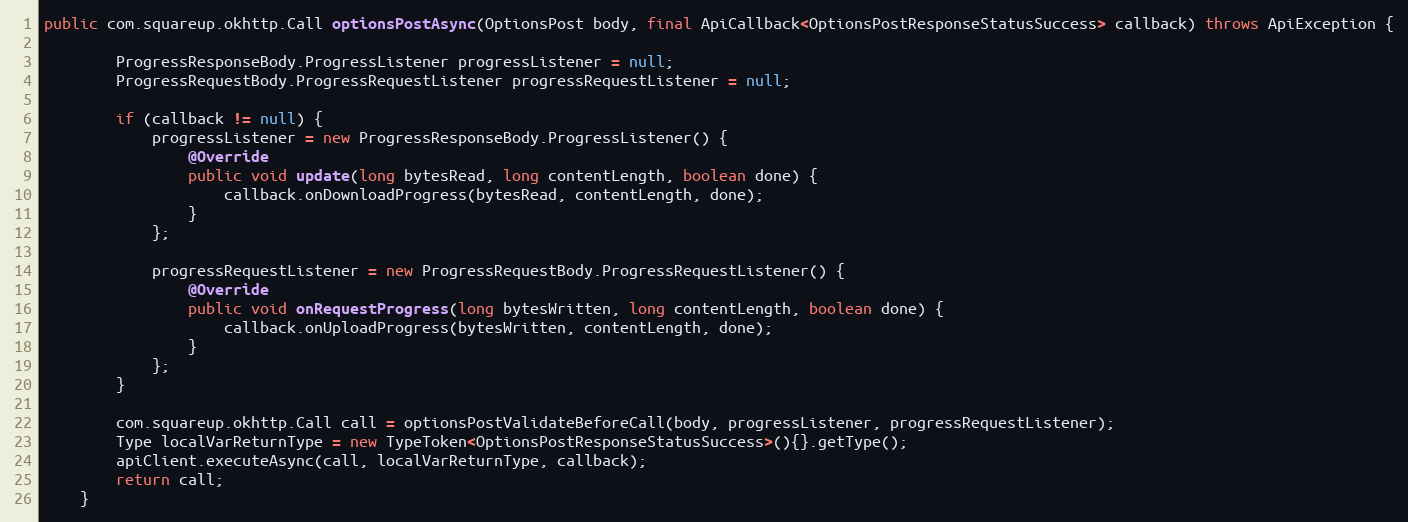
Language: Java
public com.squareup.okhttp.Call optionsPostAsync(OptionsPost body, final ApiCallback<OptionsPostResponseStatusSuccess> callback) throws ApiException {

        ProgressResponseBody.ProgressListener progressListener = null;
        ProgressRequestBody.ProgressRequestListener progressRequestListener = null;

        if (callback != null) {
            progressListener = new ProgressResponseBody.ProgressListener() {
                @Override
                public void update(long bytesRead, long contentLength, boolean done) {
                    callback.onDownloadProgress(bytesRead, contentLength, done);
                }
            };

            progressRequestListener = new ProgressRequestBody.ProgressRequestListener() {
                @Override
                public void onRequestProgress(long bytesWritten, long contentLength, boolean done) {
                    callback.onUploadProgress(bytesWritten, contentLength, done);
                }
            };
        }

        com.squareup.okhttp.Call call = optionsPostValidateBeforeCall(body, progressListener, progressRequestListener);
        Type localVarReturnType = new TypeToken<OptionsPostResponseStatusSuccess>(){}.getType();
        apiClient.executeAsync(call, localVarReturnType, callback);
        return call;
    }